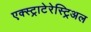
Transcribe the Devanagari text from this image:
एक्स्ट्राटेरेस्ट्रिअल